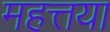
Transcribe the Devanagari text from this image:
महत्तया